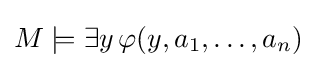
M\models \exists y\,\varphi (y,a_{1},\ldots ,a_{n})